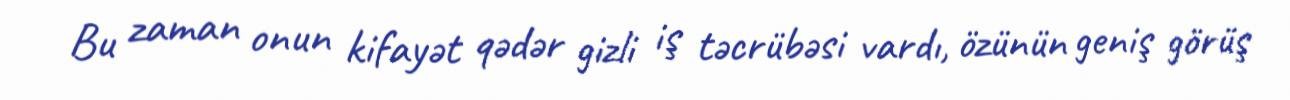
Bu zaman onun kifayət qədər gizli iş təcrübəsi vardı, özünün geniş görüş